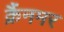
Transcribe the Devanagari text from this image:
क्रैंनमर